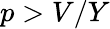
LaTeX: p>V/Y